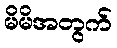
မိမိအတွက်